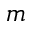
m